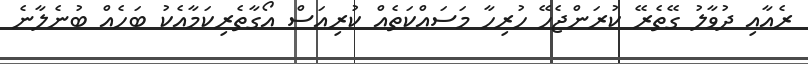
ރެއާއި ދުވާލު ގޭތެރޭ ކުރަންޖެހޭ ހުރިހާ މަސައްކަތެއް ކުރިއަސް އޯގާތެރިކަމާއެކު ބަހެއް ބުނެލާނެ